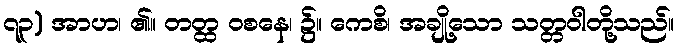
၇၃) အာဟ၊ ၏။ တတ္ထ ဝစနေ၊ ၌။ ကေစိ၊ အချို့သော သတ္တဝါတို့သည်။